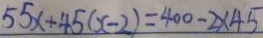
5 5 x + 4 5 ( x - 2 ) = 4 0 0 - 2 \times 4 5